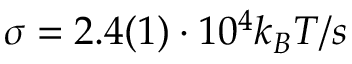
\sigma = 2 . 4 ( 1 ) \cdot 1 0 ^ { 4 } k _ { B } T / s